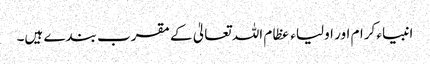
انبیاء کرام اور اولیاء عظام اللہ تعالیٰ کے مقرب بندے ہیں۔